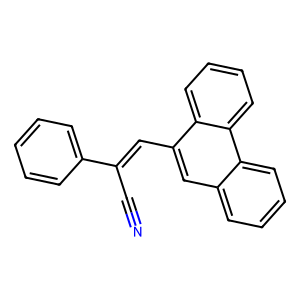
SMILES: N#CC(=Cc1cc2ccccc2c2ccccc12)c1ccccc1
Inhibits HIV replication: No